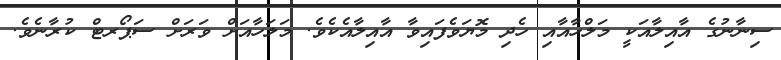
ސިނާނުގެ އާއިލާއަކީ މަލްހާއާއި ހެދި މޮޔަވެފައިވާ އާއިލާއެކެވެ. މަލަހާއަށް ވަރަށް ސަޕޯރޓް ކުރާނެވެ.